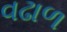
વઢાળ